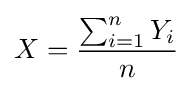
X={\frac {\sum _{i=1}^{n}Y_{i}}{n}}